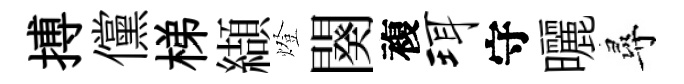
搏儻梯纈燈闋複珥守曬尋